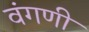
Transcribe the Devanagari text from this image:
वंगणी